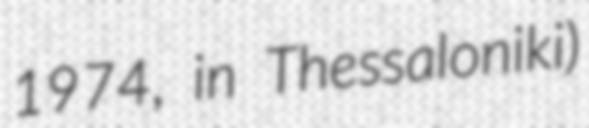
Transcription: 1974, in Thessaloniki)